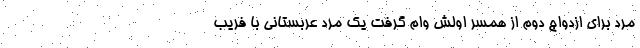
مرد برای ازدواج دوم از همسر اولش وام گرفت یک مرد عربستانی با فریب